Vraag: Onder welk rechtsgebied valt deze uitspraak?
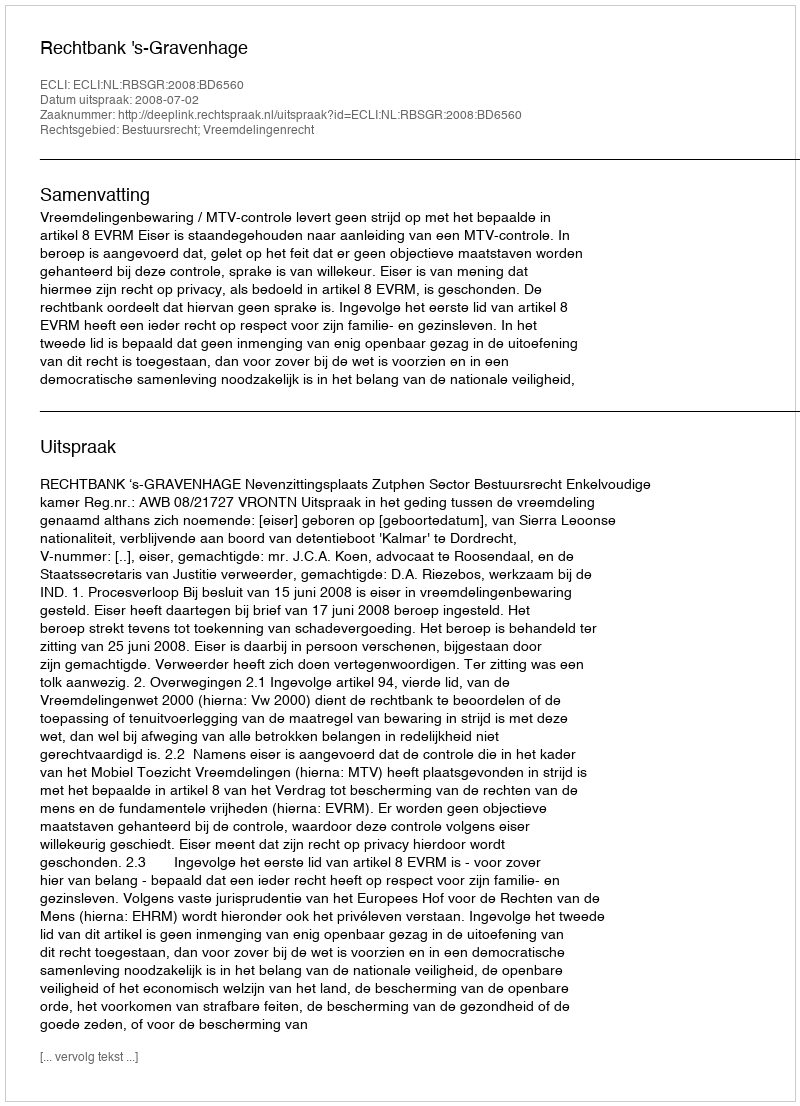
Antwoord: Bestuursrecht; Vreemdelingenrecht